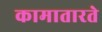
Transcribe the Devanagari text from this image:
कामातारते